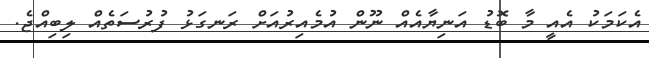
އެކަމަކު އެއީ މާ ބޮޑު އަނިޔާއެއް ނޫން އުމެއިރުއަށް ރަނގަޅު ފުރުސަތެއް ލިބިއްޖެ.